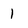
Character: 1